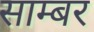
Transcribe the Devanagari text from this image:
साम्बर